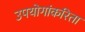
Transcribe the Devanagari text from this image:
उपयोगांकरिता